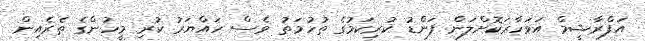
އަފްރާޝީމް އަވަހާރަކޮށްލަން ފަންޑު ކުރިކަމުގެ ތުހުމަތު ވެސް ހައްޔަރު ކުރި މީހުންގެ ތެރެއިން